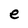
Character: e